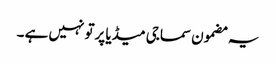
یہ مضمون سماجی میڈیا پرتو نہیں ہے ۔